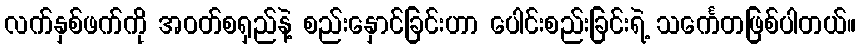
လက်နှစ်ဖက်ကို အဝတ်စရှည်နဲ့ စည်းနှောင်ခြင်းဟာ ပေါင်းစည်းခြင်းရဲ့ သင်္ကေတဖြစ်ပါတယ်။